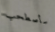
سأصطحب